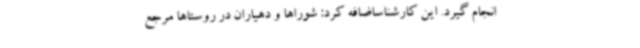
انجام گیرد. این کارشناساضافه کرد: شوراها و دهیاران در روستاها مرجع